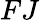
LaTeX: FJ